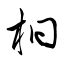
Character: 桐